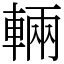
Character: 輛